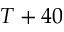
T + 4 0